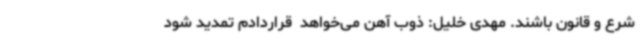
شرع و قانون باشند. مهدی خلیل: ذوب آهن می‌خواهد  قراردادم تمدید شود